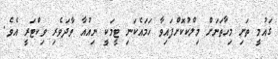
ގައުމީ ތަށި މިހާތަނަށް މިލްކުކޮށްފައިވާ ހަމައެކަނި ޓީމަކީ ނިއުއާ ވާދަވެރި ވިކްޓަރީ އެވެ.